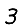
Digit: 3